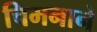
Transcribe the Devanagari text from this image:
चिमनाने